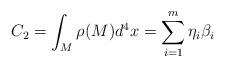
LaTeX: \begin{align*}C_2=\int_M\rho (M)d^4x=\sum_{i=1}^m\eta _i\beta _i\end{align*}